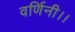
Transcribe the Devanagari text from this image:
वर्णिनी।।